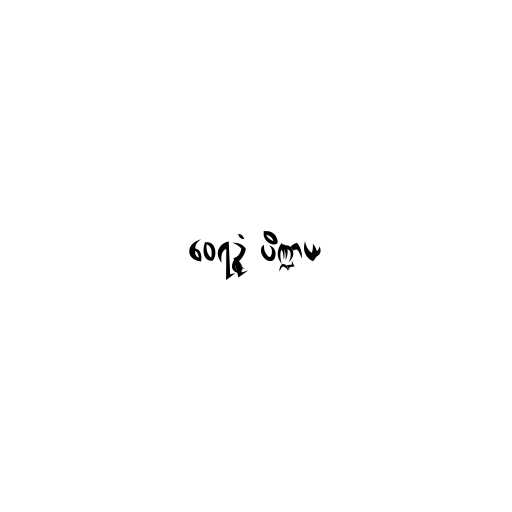
ဝေရဉ္ဇံ ပိဏ္ဍာယ